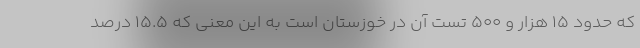
که حدود ۱۵ هزار و ۵۰۰ تست آن در خوزستان است به این معنی که ۱۵.۵ درصد